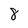
Character: 8